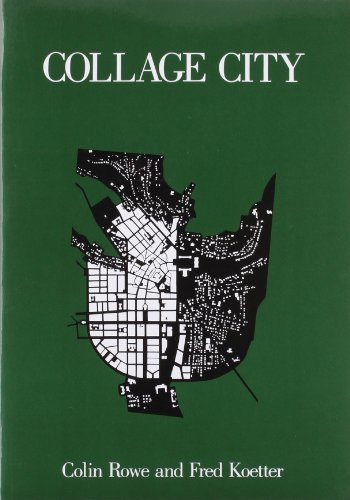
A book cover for Collage City; Colin Rowe; Arts & Photography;